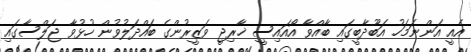
އެއީ އަންނަމަހު އަބޫދާބީގައި ބާއްވާ އޯއައިސީ ޚާރިޖީ ވަޒީރުންގެ ބައްދަލުވުން ހުޅުވާ ޖަލްސާގައި